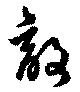
敵